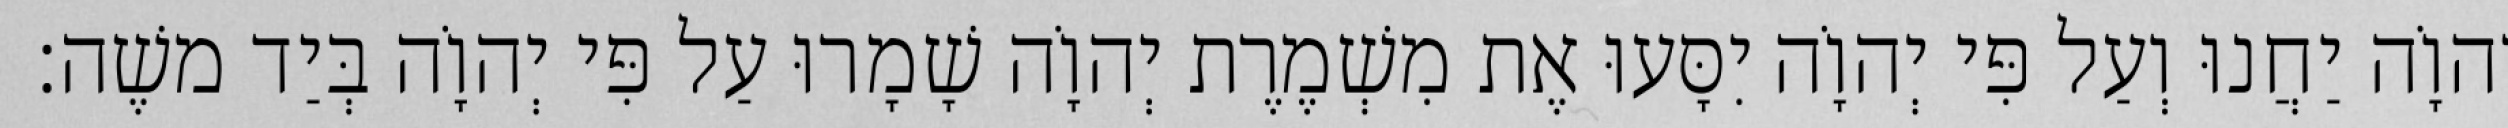
יְהוָֹה יַחֲנוּ וְעַל פִּי יְהוָֹה יִסָּעוּ אֶת מִשְׁמֶרֶת יְהוָֹה שָׁמָרוּ עַל פִּי יְהוָֹה בְּיַד משֶׁה׃